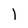
Character: 1